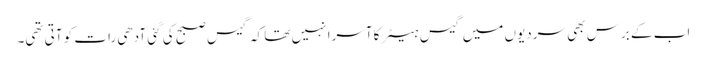
اب کے برس بھی سردیوں میں گیس ہیٹر کا آسرا نہیں تھا کہ گیس صبح کی گئی آدھی رات کو آتی تھی۔